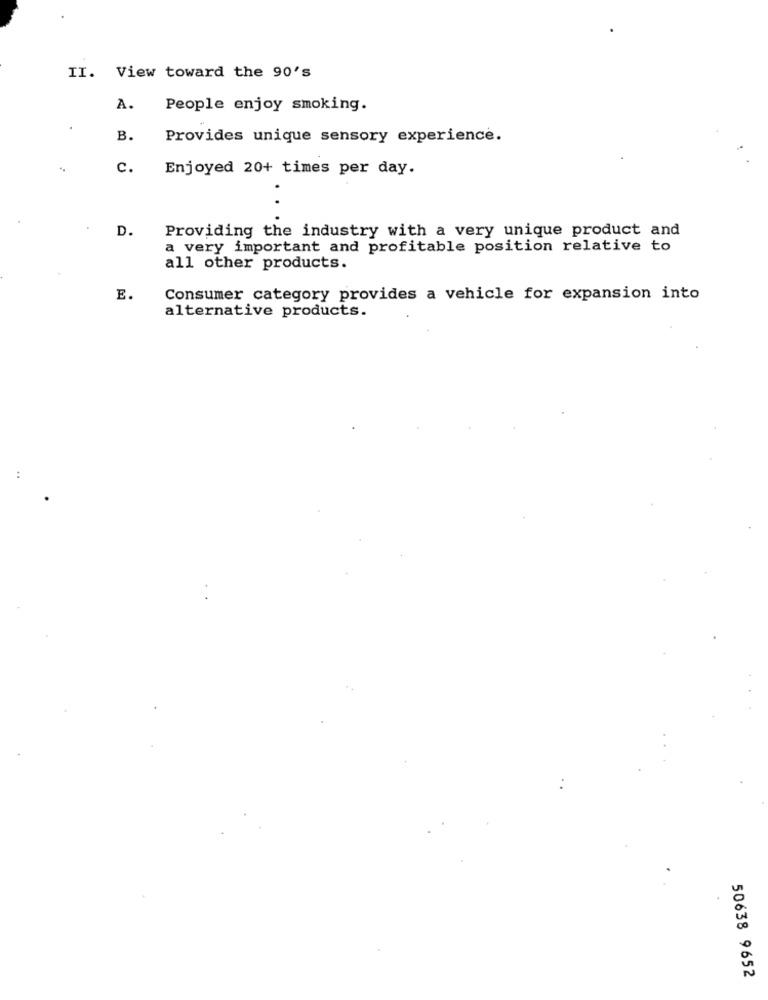
II. View toward the 90's
A.
People enjoy smoking.
B.
Provides unique sensory experience.
c.
Enjoyed 20+ times per day.
D.
Providing the industry with a very unique product and
a very important and profitable position relative to
all other products.
E.
Consumer category provides a vehicle for expansion into
alternative products.
50638 9652